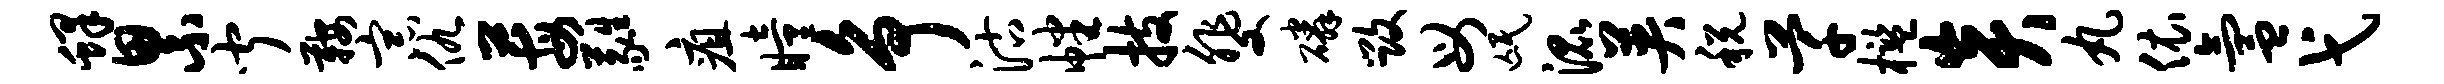
蜂累闻鞍宗仇莓蕤疽瞳争沽幡技斐磷毁母氓混英税芊槛炎丸依氲弋